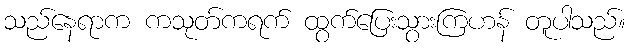
သည်နေရာက ကသုတ်ကရက် ထွက်ပြေးသွားကြဟန် တူပါသည်။